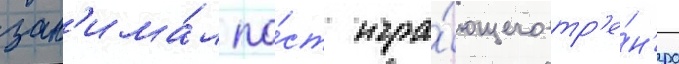
зан'има́л по́ст игра́ющего тр'е́н'ера